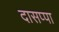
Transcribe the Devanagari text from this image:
दासप्पा